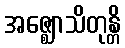
အဇ္ဈောသိတုန္တိ